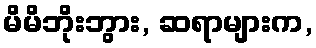
မိမိဘိုးဘွား, ဆရာများက,